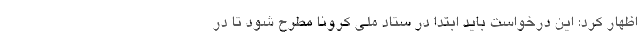
اظهار کرد: این درخواست باید ابتدا در ستاد ملی کرونا مطرح شود تا در